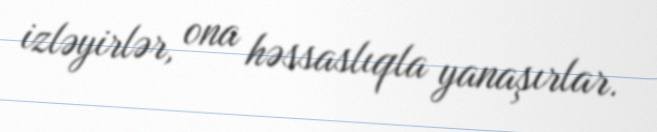
izləyirlər, ona həssaslıqla yanaşırlar.